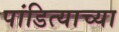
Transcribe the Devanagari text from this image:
पांडित्याच्या